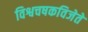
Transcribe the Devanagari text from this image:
विश्वचषकविजेते